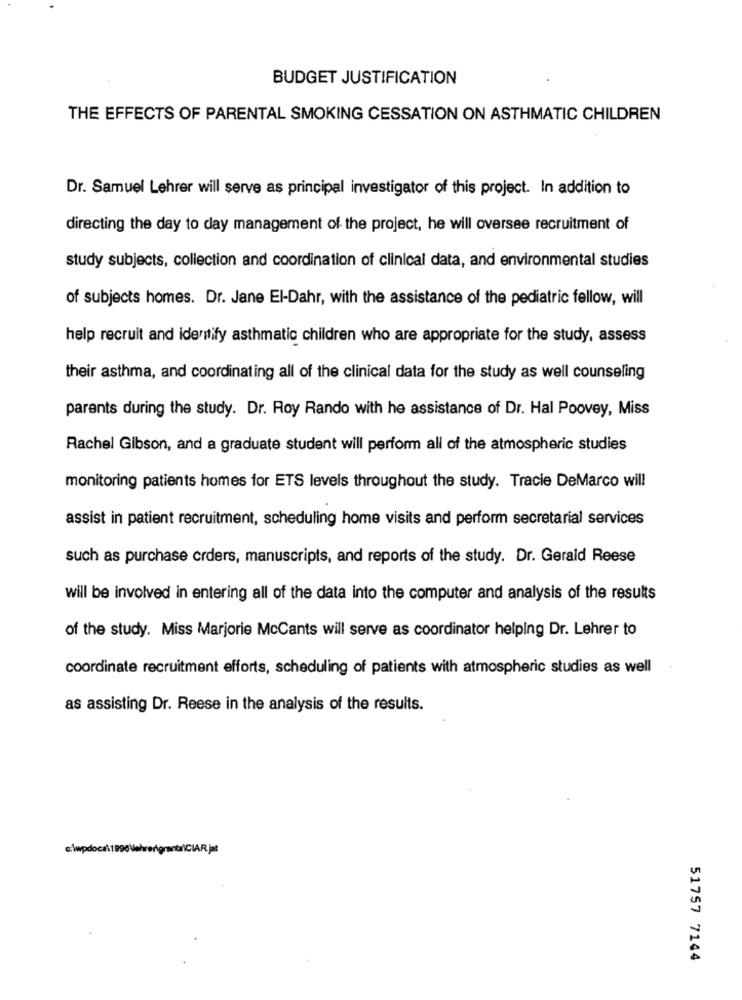
BUDGET JUSTIFICATION
THE EFFECTS OF PARENTAL SMOKING CESSATION ON ASTHMATIC CHILDREN
Dr. Samuel Lehrer will serve as principal investigator of this project. In addition to
directing the day to day management of the project, he will oversee recruitment of
study subjects, collection and coordination of clinical data, and environmental studies
of subjects homes. Dr. Jane El-Dahr, with the assistance of the pediatric fellow, will
help recruit and identify asthmatic children who are appropriate for the study, assess
their asthma, and coordinating all of the clinical data for the study as well counseling
parents during the study. Dr. Roy Rando with he assistance of Dr. Hal Poovey, Miss
Rachel Gibson, and a graduate student will perform all of the atmospheric studies
monitoring patients homes for ETS levels throughout the study. Tracie DeMarco will
assist in patient recruitment, scheduling home visits and perform secretarial services
such as purchase orders, manuscripts, and reports of the study. Dr. Gerald Reese
will be involved in entering all of the data into the computer and analysis of the results
of the study. Miss Marjorie McCants will serve as coordinator helping Dr. Lehrer to
coordinate recruitment efforts, scheduling of patients with atmospheric studies as well
as assisting Dr. Reese in the analysis of the results.
c:\wpdoca199@\lehrerigrantanCIAR.jat
51757 7144